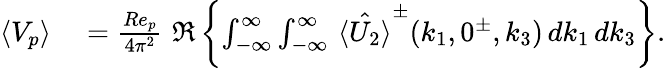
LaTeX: \begin{array}{rl}{\langle V_{p}\rangle}&{{}=\frac{Re_{p}}{4\pi^{2}}\, \, \Re\left\{ \int_{-\infty}^{\infty}\int_{-\infty}^{\infty}\, \hat{\langle U_{2}\rangle}^{\pm}(k_{1},0^{\pm},k_{3})\, dk_{1}\, dk_{3}\right\} .}\end{array}